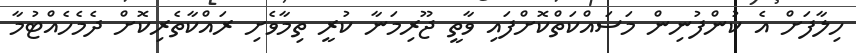
ހިލާފަށް އެ ކުންފުނިން މަސައްކަތްކޮށްފައި ވާތީ ޖޫރިމަނާ ކުރީ ތިމާވެށި ރައްކާތެރިކޮށް ދެމެހެއްޓުމާ